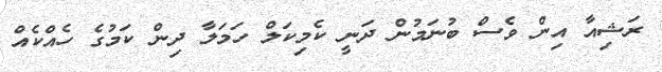
ރަޝިއާ އިން ވެސް ބުނަމުން ދަނީ ކެމިކަލް ހަމަލާ ދިން ކަމުގެ ހެއްކެއް